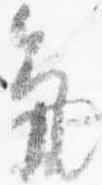
気